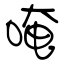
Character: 唵